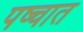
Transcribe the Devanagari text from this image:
पष्चात